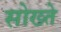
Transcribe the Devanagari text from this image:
सोख्ते